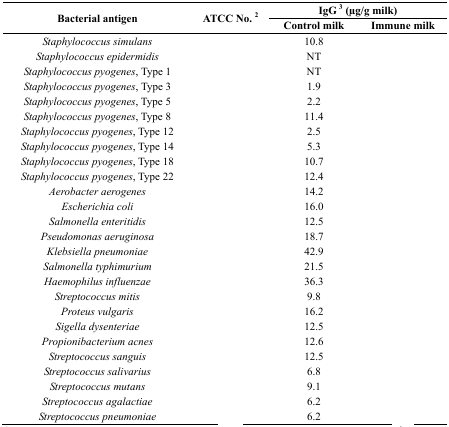
<table><thead><tr><td rowspan="3"><b>Bacterial antigen</b></td><td rowspan="3"><b>ATCC No. 2</b></td><td colspan="2"><b>IgG 3 (μg/g milk)</b></td></tr><tr><td><b>Control milk</b></td><td><b>Immune milk</b></td></tr></thead><tbody><tr><td><i>Staphylococcus simulans</i></td><td>[EMPTY_CELL]</td><td>10.8</td><td>[EMPTY_CELL]</td></tr><tr><td><i>Staphylococcus epidermidis</i></td><td>[EMPTY_CELL]</td><td>NT</td><td>[EMPTY_CELL]</td></tr><tr><td><i>Staphylococcus pyogenes</i>, Type 1</td><td>[EMPTY_CELL]</td><td>NT</td><td>[EMPTY_CELL]</td></tr><tr><td><i>Staphylococcus pyogenes</i>, Type 3</td><td>[EMPTY_CELL]</td><td>1.9</td><td>[EMPTY_CELL]</td></tr><tr><td><i>Staphylococcus pyogenes</i>, Type 5</td><td>[EMPTY_CELL]</td><td>2.2</td><td>[EMPTY_CELL]</td></tr><tr><td><i>Staphylococcus pyogenes</i>, Type 8</td><td>[EMPTY_CELL]</td><td>11.4</td><td>[EMPTY_CELL]</td></tr><tr><td><i>Staphylococcus pyogenes</i>, Type 12</td><td>[EMPTY_CELL]</td><td>2.5</td><td>[EMPTY_CELL]</td></tr><tr><td><i>Staphylococcus pyogenes</i>, Type 14</td><td>[EMPTY_CELL]</td><td>5.3</td><td>[EMPTY_CELL]</td></tr><tr><td><i>Staphylococcus pyogenes</i>, Type 18</td><td>[EMPTY_CELL]</td><td>10.7</td><td>[EMPTY_CELL]</td></tr><tr><td><i>Staphylococcus pyogenes</i>, Type 22</td><td>[EMPTY_CELL]</td><td>12.4</td><td>[EMPTY_CELL]</td></tr><tr><td><i>Aerobacter aerogenes</i></td><td>[EMPTY_CELL]</td><td>14.2</td><td>[EMPTY_CELL]</td></tr><tr><td><i>Escherichia coli</i></td><td>[EMPTY_CELL]</td><td>16.0</td><td>[EMPTY_CELL]</td></tr><tr><td><i>Salmonella enteritidis</i></td><td>[EMPTY_CELL]</td><td>12.5</td><td>[EMPTY_CELL]</td></tr><tr><td><i>Pseudomonas aeruginosa</i></td><td>[EMPTY_CELL]</td><td>18.7</td><td>[EMPTY_CELL]</td></tr><tr><td><i>Klebsiella pneumoniae</i></td><td>[EMPTY_CELL]</td><td>42.9</td><td>[EMPTY_CELL]</td></tr><tr><td><i>Salmonella typhimurium</i></td><td>[EMPTY_CELL]</td><td>21.5</td><td>[EMPTY_CELL]</td></tr><tr><td><i>Haemophilus influenzae</i></td><td>[EMPTY_CELL]</td><td>36.3</td><td>[EMPTY_CELL]</td></tr><tr><td><i>Streptococcus mitis</i></td><td>[EMPTY_CELL]</td><td>9.8</td><td>[EMPTY_CELL]</td></tr><tr><td><i>Proteus vulgaris</i></td><td>[EMPTY_CELL]</td><td>16.2</td><td>[EMPTY_CELL]</td></tr><tr><td><i>Sigella dysenteriae</i></td><td>[EMPTY_CELL]</td><td>12.5</td><td>[EMPTY_CELL]</td></tr><tr><td><i>Propionibacterium acnes</i></td><td>[EMPTY_CELL]</td><td>12.6</td><td>[EMPTY_CELL]</td></tr><tr><td><i>Streptococcus sanguis</i></td><td>[EMPTY_CELL]</td><td>12.5</td><td>[EMPTY_CELL]</td></tr><tr><td><i>Streptococcus salivarius</i></td><td>[EMPTY_CELL]</td><td>6.8</td><td>[EMPTY_CELL]</td></tr><tr><td><i>Streptococcus mutans</i></td><td>[EMPTY_CELL]</td><td>9.1</td><td>[EMPTY_CELL]</td></tr><tr><td><i>Streptococcus agalactiae</i></td><td>[EMPTY_CELL]</td><td>6.2</td><td>[EMPTY_CELL]</td></tr><tr><td><i>Streptococcus pneumoniae</i></td><td>[EMPTY_CELL]</td><td>6.2</td><td>[EMPTY_CELL]</td></tr></tbody></table>